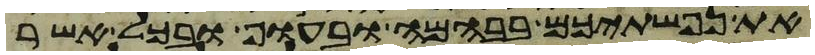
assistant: את נפשתיכם בבהמה ובעוף ובכל אשר